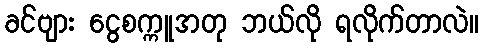
ခင်ဗျား ငွေစက္ကူအတု ဘယ်လို ရလိုက်တာလဲ။